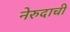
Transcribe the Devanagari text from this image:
नेरुदाची